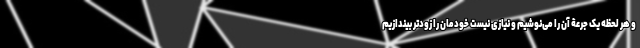
و هر لحظه یک جرعۀ آن را می‌نوشیم و نیازی نیست خودمان را زودتر بیندازیم